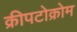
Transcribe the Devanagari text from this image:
क्रीपटोक्रोम